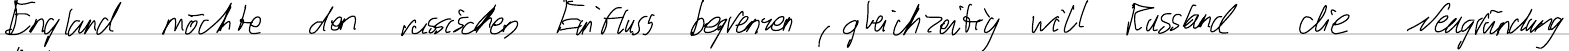
England möchte den russischen Einfluss begrenzen, gleichzeitig will Russland die Neugründung